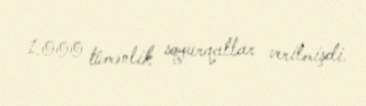
1.000 tümənlik soyurqallar verilmişdi.